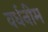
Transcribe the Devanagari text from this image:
वर्धनीम